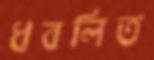
ধবলিত